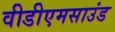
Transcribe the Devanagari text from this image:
वीडीएमसाउंड